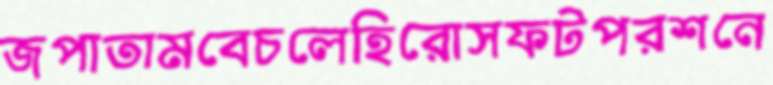
জপাতামবেচলেহিরোসফটপরশনে